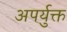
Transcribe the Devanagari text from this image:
अपर्युक्त